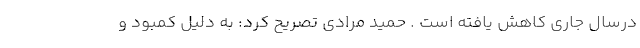
درسال جاری کاهش یافته است . حمید مرادی تصریح کرد: به دلیل کمبود و